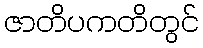
ဇာတိပကတိတွင်